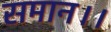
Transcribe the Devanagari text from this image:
समान।।